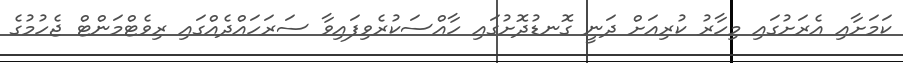
ކަމަށާއި އެރަށުގައި މިހާރު ކުރިއަށް ދަނީ ގޮނޑުދޮށުގައި ހާއްސަކުރެވިފައިވާ ސަރަހައްދެއްގައި ރިވެޓްމަންޓް ޖެހުމުގެ